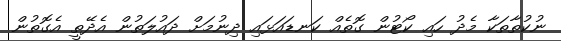
ނުކުތާތަކާ މެދު ހައި ކޯޓުން ގޮތެއް ކަނޑައަޅައި ދިނުމަށް ދައުލަތުން އެދޭތީ އެގޮތުން